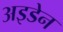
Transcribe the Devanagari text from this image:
अइडेन